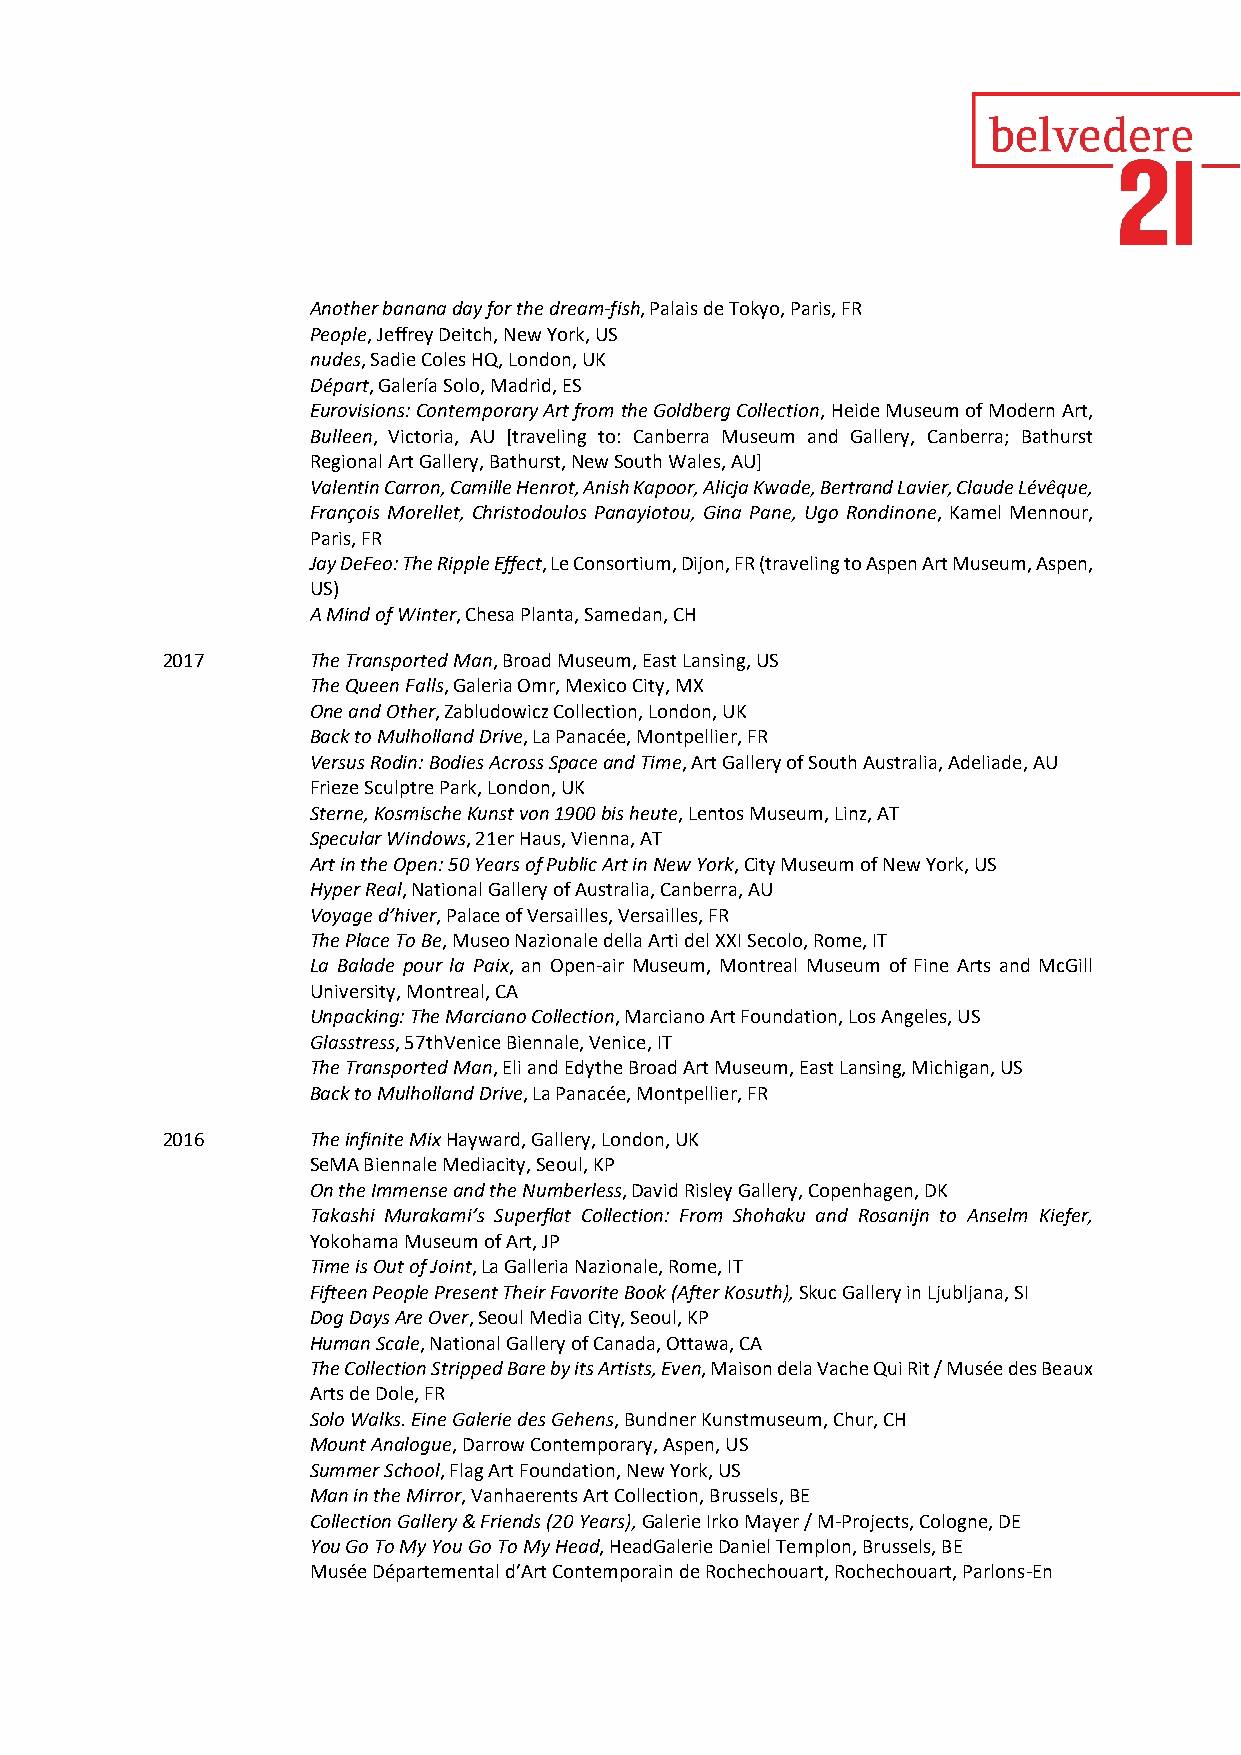
Another banana day for the dream-fish, Palais de Tokyo, Paris, FR
 People, Jeffrey Deitch, New York, US
 nudes, Sadie Coles HQ, London, UK
 Départ, Galería Solo, Madrid, ES
 Eurovisions: Contemporary Art from the Goldberg Collection, Heide Museum of Modern Art,
 Bulleen, Victoria, AU [traveling to: Canberra Museum and Gallery, Canberra; Bathurst
 Regional Art Gallery, Bathurst, New South Wales, AU]
 Valentin Carron, Camille Henrot, Anish Kapoor, Alicja Kwade, Bertrand Lavier, Claude Lévêque,
 François Morellet, Christodoulos Panayiotou, Gina Pane, Ugo Rondinone, Kamel Mennour,
 Paris, FR
 Jay DeFeo: The Ripple Effect, Le Consortium, Dijon, FR (traveling to Aspen Art Museum, Aspen,
 US)
 A Mind of Winter, Chesa Planta, Samedan, CH
 2017      The Transported Man, Broad Museum, East Lansing, US
 The Queen Falls, Galeria Omr, Mexico City, MX
 One and Other, Zabludowicz Collection, London, UK
 Back to Mulholland Drive, La Panacée, Montpellier, FR
 Versus Rodin: Bodies Across Space and Time, Art Gallery of South Australia, Adeliade, AU
 Frieze Sculptre Park, London, UK
 Sterne, Kosmische Kunst von 1900 bis heute, Lentos Museum, Linz, AT
 Specular Windows, 21er Haus, Vienna, AT
 Art in the Open: 50 Years of Public Art in New York, City Museum of New York, US
 Hyper Real, National Gallery of Australia, Canberra, AU
 Voyage d’hiver, Palace of Versailles, Versailles, FR
 The Place To Be, Museo Nazionale della Arti del XXI Secolo, Rome, IT
 La Balade pour la Paix, an Open-air Museum, Montreal Museum of Fine Arts and McGill
 University, Montreal, CA
 Unpacking: The Marciano Collection, Marciano Art Foundation, Los Angeles, US
 Glasstress, 57thVenice Biennale, Venice, IT
 The Transported Man, Eli and Edythe Broad Art Museum, East Lansing, Michigan, US
 Back to Mulholland Drive, La Panacée, Montpellier, FR
 2016      The infinite Mix Hayward, Gallery, London, UK
 SeMA Biennale Mediacity, Seoul, KP
 On the Immense and the Numberless, David Risley Gallery, Copenhagen, DK
 Takashi Murakami’s Superflat Collection: From Shohaku and Rosanijn to Anselm Kiefer,
 Yokohama Museum of Art, JP
 Time is Out of Joint, La Galleria Nazionale, Rome, IT
 Fifteen People Present Their Favorite Book (After Kosuth), Skuc Gallery in Ljubljana, SI
 Dog Days Are Over, Seoul Media City, Seoul, KP
 Human Scale, National Gallery of Canada, Ottawa, CA
 The Collection Stripped Bare by its Artists, Even, Maison dela Vache Qui Rit / Musée des Beaux
 Arts de Dole, FR
 Solo Walks. Eine Galerie des Gehens, Bundner Kunstmuseum, Chur, CH
 Mount Analogue, Darrow Contemporary, Aspen, US
 Summer School, Flag Art Foundation, New York, US
 Man in the Mirror, Vanhaerents Art Collection, Brussels, BE
 Collection Gallery & Friends (20 Years), Galerie Irko Mayer / M-Projects, Cologne, DE
 You Go To My You Go To My Head, HeadGalerie Daniel Templon, Brussels, BE
 Musée Départemental d’Art Contemporain de Rochechouart, Rochechouart, Parlons-En